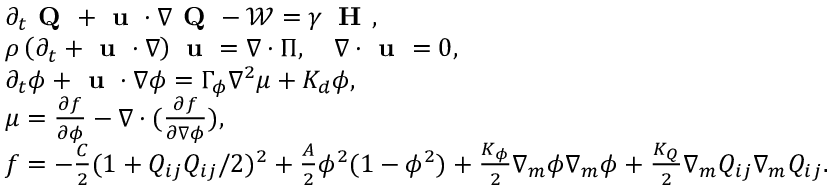
\begin{array} { r l } & { \partial _ { t } \textbf { Q } + \textbf { u } \cdot \boldsymbol { \nabla } \textbf { Q } - \boldsymbol { \mathcal { W } } = \gamma \: \textbf { H } , } \\ & { \rho \left( \partial _ { t } + \textbf { u } \cdot \boldsymbol { \nabla } \right) \textbf { u } = \boldsymbol { \nabla } \cdot \boldsymbol { \Pi } , \quad \boldsymbol { \nabla } \cdot \textbf { u } = 0 , } \\ & { \partial _ { t } \phi + \textbf { u } \cdot \boldsymbol { \nabla } \phi = \Gamma _ { \phi } \nabla ^ { 2 } \mu + K _ { d } \phi , } \\ & { \mu = \frac { \partial f } { \partial \phi } - \boldsymbol { \nabla } \cdot ( \frac { \partial f } { \partial \boldsymbol { \nabla } \phi } ) , } \\ & { f = - \frac { C } { 2 } ( 1 + Q _ { i j } Q _ { i j } / 2 ) ^ { 2 } + \frac { A } { 2 } \phi ^ { 2 } ( 1 - \phi ^ { 2 } ) + \frac { K _ { \phi } } { 2 } \nabla _ { m } \phi \nabla _ { m } \phi + \frac { K _ { Q } } { 2 } \nabla _ { m } Q _ { i j } \nabla _ { m } Q _ { i j } . } \end{array}